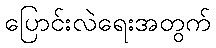
ပြောင်းလဲရေးအတွက်